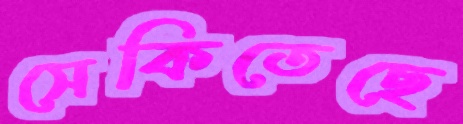
সেকিতেছে